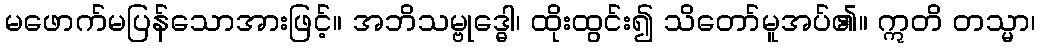
မဖောက်မပြန်သောအားဖြင့်။ အဘိသမ္ဗုဒ္ဓေါ၊ ထိုးထွင်း၍ သိတော်မူအပ်၏။ ဣတိ တသ္မာ၊